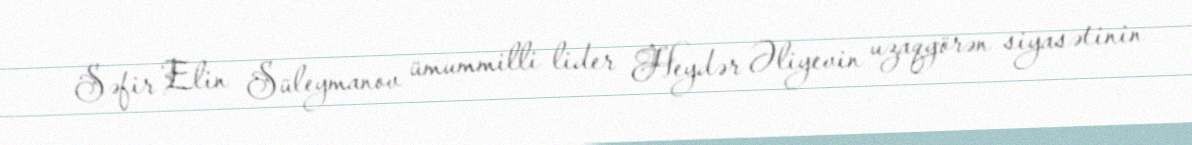
Səfir Elin Süleymanov ümummilli lider Heydər Əliyevin uzaqgörən siyasətinin